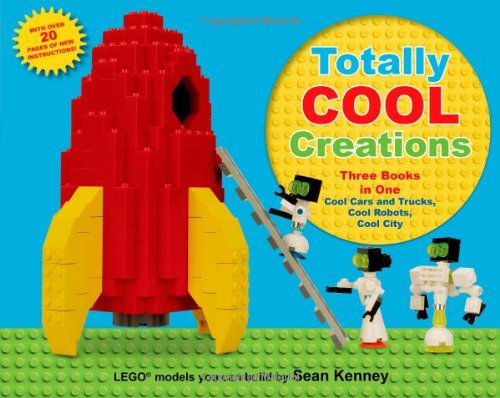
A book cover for Totally Cool Creations: Three Books in One; Cool Cars and Trucks, Cool Robots, Cool City; Sean Kenney; Children's Books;